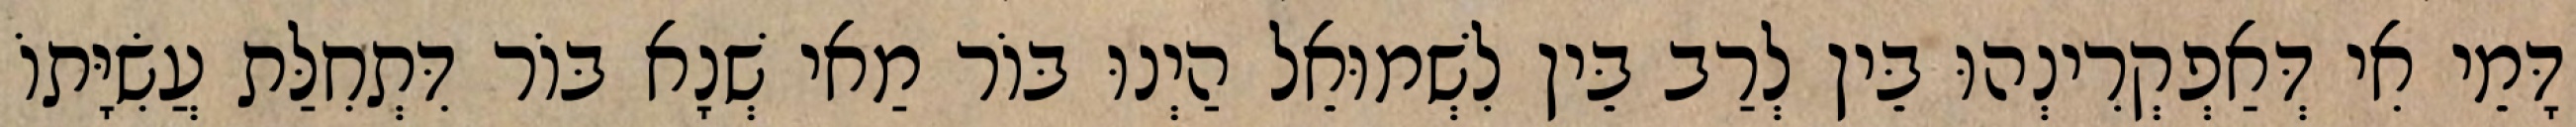
דָּמֵי אִי דְּאַפְקְרִינְהוּ בֵּין לְרַב בֵּין לִשְׁמוּאֵל הַיְנוּ בּוֹר מַאי שְׁנָא בּוֹר דִּתְחִלַּת עֲשִׂיָּתוֹ